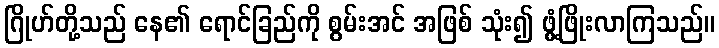
ဂြိုဟ်တို့သည် နေ၏ ရောင်ခြည်ကို စွမ်းအင် အဖြစ် သုံး၍ ဖွံ့ဖြိုးလာကြသည်။